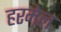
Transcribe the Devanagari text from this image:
हरमेल